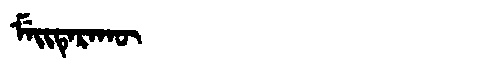
Manchu: ᠮᡝᡳᡨᡝᡵᠠᡴᡡ
Romanization: MEITERAKŪ